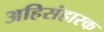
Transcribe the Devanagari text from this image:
अहिसंहारक